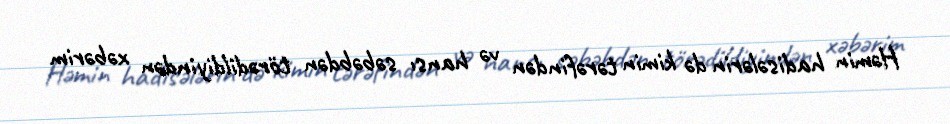
Həmin hadisələrin də kimin tərəfindən və hansı səbəbdən törədildiyindən xəbərim